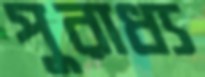
পুরাধ্য